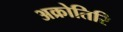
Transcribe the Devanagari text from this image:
अक्रोतिरि